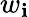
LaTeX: w_{\mathbf{i}}